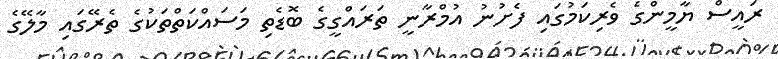
ރައީސް ޔާމީންގެ ވެރިކަމުގައި ފެށުނު އުމްރާނީ ތަރައްގީގެ ބޮޑެތި މަސައްކަތްތަކުގެ ތެރޭގައި މާލޭގެ